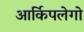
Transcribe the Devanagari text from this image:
आर्किपलेगो